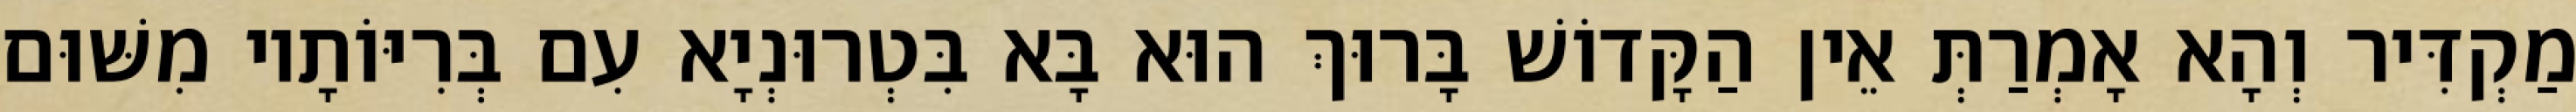
מַקְדִּיר וְהָא אָמְרַתְּ אֵין הַקָּדוֹשׁ בָּרוּךְ הוּא בָּא בִּטְרוּנְיָא עִם בְּרִיּוֹתָיו מִשּׁוּם